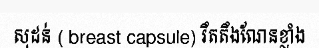
សុដន់ ( breast capsule) រឹតតឹងណែនខ្លាំង